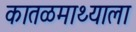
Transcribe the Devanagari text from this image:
कातळमाथ्याला